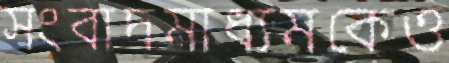
সংবাদমাধ্যমকেও